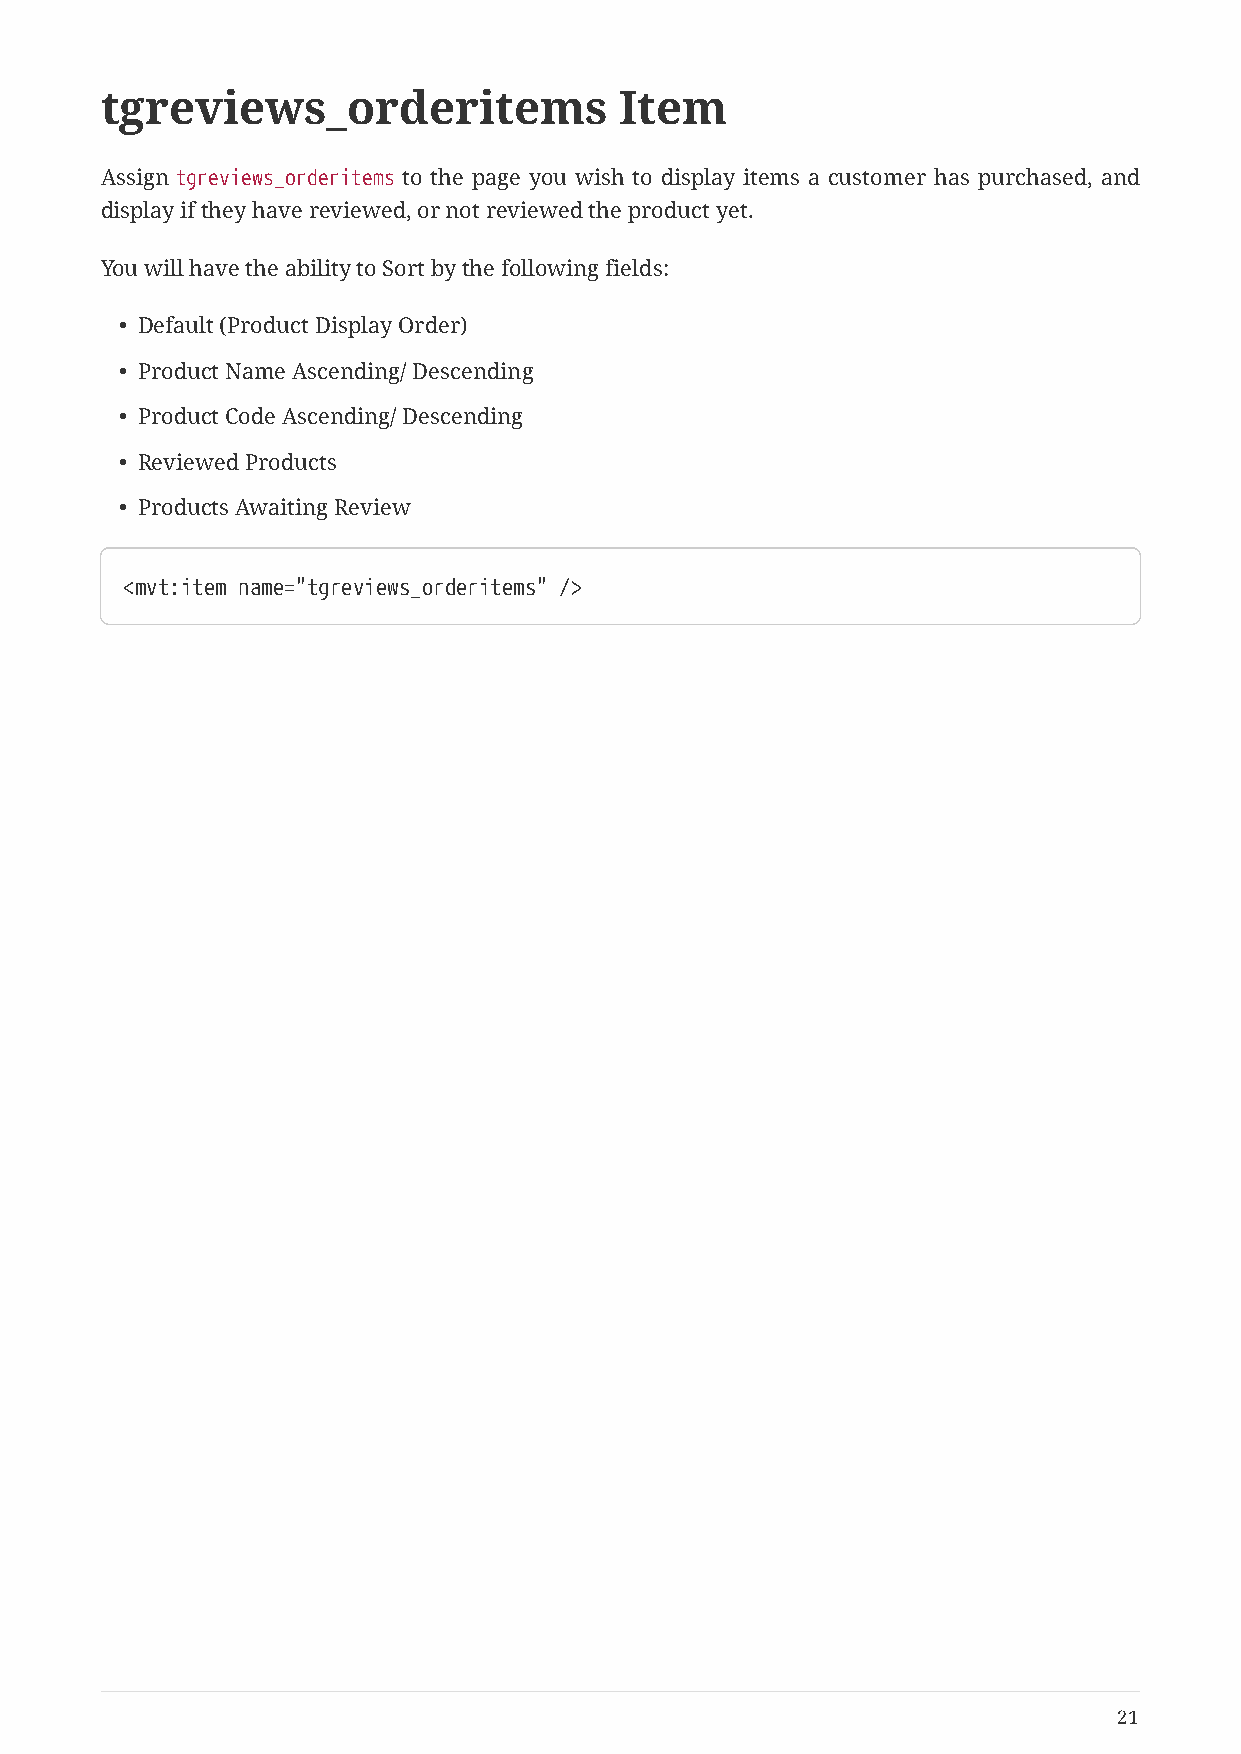
tgreviews_orderitems              Item
 Assign tgreviews_orderitems to the page you wish to display items a customer has purchased, and
 display if they have reviewed, or not reviewed the product yet.
 You will have the ability to Sort by the following fields:
 • Default (Product Display Order)
 • Product Name Ascending/ Descending
 • Product Code Ascending/ Descending
 • Reviewed Products
 • Products Awaiting Review
 <mvt:item name="tgreviews_orderitems" />
 21